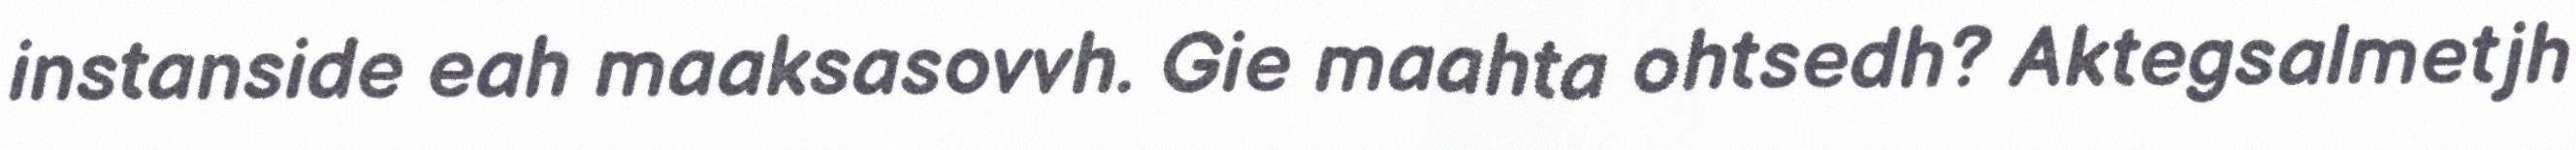
instanside eah maaksasovvh. Gie maahta ohtsedh? Aktegsalmetjh